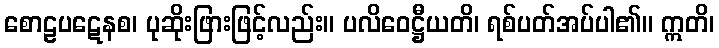
စောဠပဋေနစ၊ ပုဆိုးဖြားဖြင့်လည်း။ ပလိဝေဋ္ဌီယတိ၊ ရစ်ပတ်အပ်ပါ၏။ ဣတိ၊